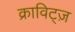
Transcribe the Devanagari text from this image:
क्राविट्ज़